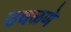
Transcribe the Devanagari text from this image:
उधळणे